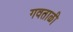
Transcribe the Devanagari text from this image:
गवताळी